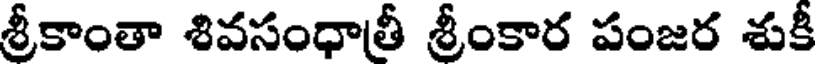
శ్రీకాంతా శివసంధాతీ శ్రీంకార పంజర శుకీ